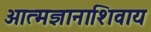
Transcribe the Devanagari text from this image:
आत्मज्ञानाशिवाय